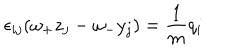
LaTeX: \epsilon _ { i j } ( \omega _ { + } z _ { j } - \omega _ { - } y _ { j } ) = \frac { 1 } { m } q _ { i }